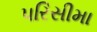
પરિસીમા